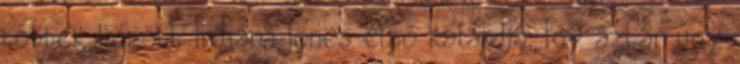
többek között Indiana Jones első kalandja. Így aztán úgy